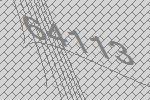
64113